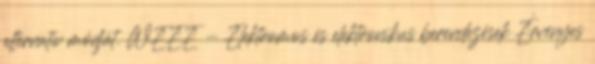
alternatív módját. WEEE - Elektromos és elektronikus berendezések Érvényes